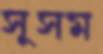
সুসম